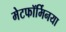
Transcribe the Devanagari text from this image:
मेटफॉर्मिनया